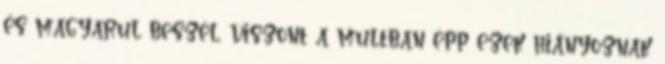
és magyarul beszél, viszont a multban épp ezek hiányoznak